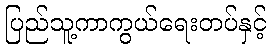
ပြည်သူ့ကာကွယ်ရေးတပ်နှင့်